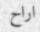
اراح